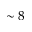
\sim 8